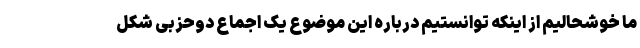
ما خوشحالیم از اینکه توانستیم درباره این موضوع یک اجماع دوحزبی شکل